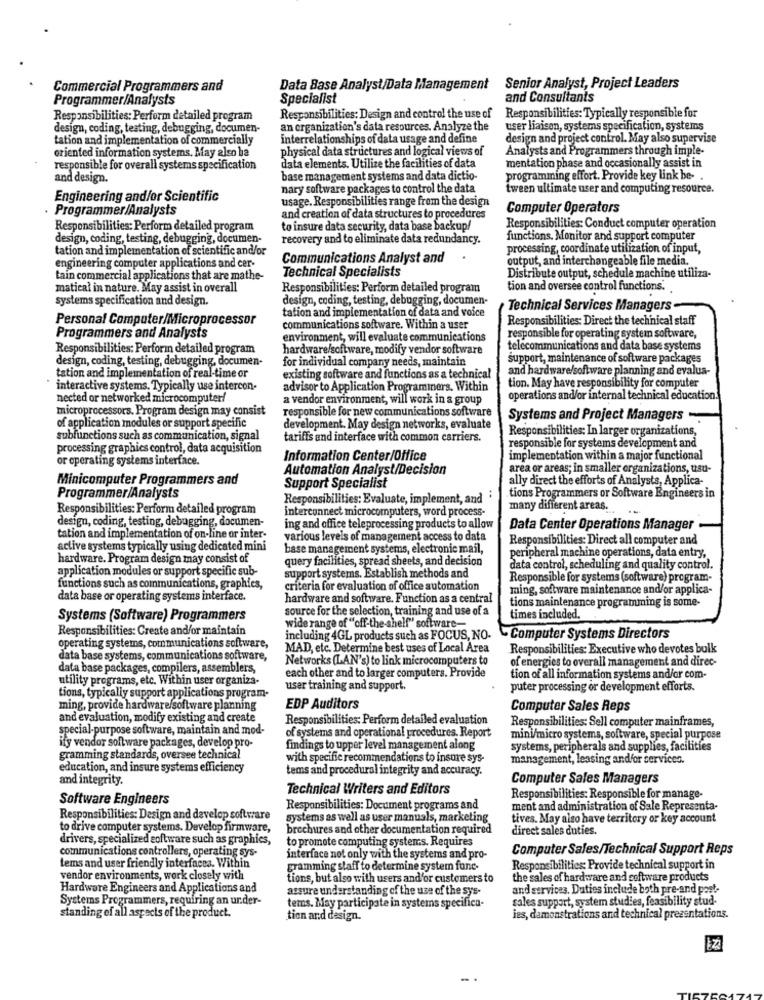
Commercial Programmers and
Data Base Analyst/Data Management
Senior Analyst, Project Leaders
Programmer/Analysts
Specialist
and Consultants
Responsibilities: Design and control the use of Responsibilities: Typically responsible for
Responsibilities: Perform detailed program
design, coding, testing, debugging, documen-
an organization's data resources. Analyze the
user liaison, systems specification, systems
tation and implementation of commercially
interrelationships of data usage and define
design and project control. May also supervise
oriented information systems. May also be
physical data structures and logical views of
Analysts and Programmers through imple-
mentation phase and occasionally assist in
responsible for overall systems specification
data elements. Utilize the facilities of data
and design.
base management systems and data dictio-
programming effort. Provide key link be-
nary software packages to control the data
tween ultimate user and computing resource.
Engineering and/or Scientific
usage. Responsibilities range from the design
· Programmer/Analysts
Computer Operators
and creation of data structures to procedures
Responsibilities: Perform detailed program
to insure data security, data base backup/
Responsibilities: Conduct computer operation
design, coding, testing, debugging, documen-
recovery and to eliminate data redundancy.
functions. Monitor and support computer
tation and implementation of scientific and/or
processing, coordinate utilization of input,
engineering computer applications and cer-
Communications Analyst and
output, and interchangeable file media.
Distribute output, schedule machine utiliza-
tain commercial applications that are mathe-
Technical Specialists
matical in nature. May assist in overall
Responsibilities: Perform detailed program
tion and oversee control functions.
systems specification and design.
design, coding, testing, debugging, documen-
tation and implementation of data and voice
Technical Services Managers -
Personal Computer/Microprocessor
Responsibilities: Direct the technical staff
communications software. Within a user
Programmers and Analysts
environment, will evaluate communications
responsible for operating system software,
Responsibilities: Perform detailed program
hardware/software, modify vendor software
telecommunications and data base systems
design, coding, testing, debugging, documen-
for individual company needs, maintain
support, maintenance of software packages
and hardware/software planning and evalua-
tation and implementation of real-time or
existing software and functions as a technical
interactive systems. Typically use intercon-
advisor to Application Programmers. Within
tion. May have responsibility for computer
nected or networked microcomputer/
a vendor environment, will work in a group
operations and/or internal technical education.
microprocessors. Program design may consist
responsible for new communications software
Systems and Project Managers -
of application modules or support specific
development. May design networks, evaluate
Responsibilities: In larger organizations,
subfunctions such as communication, signal
tariffs and interface with common carriers.
responsible for systems development and
processing graphics control, data acquisition
or operating systems interface.
Information Center/Office
implementation within a major functional
Automation Analyst/Decision
area or areas; in smaller organizations, usu-
Minicomputer Programmers and
ally direct the efforts of Analysts, Applica-
Support Specialist
Programmer/Analysts
Responsibilities: Evaluate, implement, and .
tions Programmers or Software Engineers in
Responsibilities: Perform detailed program
interconnect microcomputers, word process-
many different areas.
design, coding, testing, debugging, documen-
ing and office teleprocessing products to allow
Data Center Operations Manager
tation and implementation of on-line or inter-
various levels of management access to data
Responsibilities: Direct all computer and
active systems typically using dedicated mini
base management systems, electronic mail,
peripheral machine operations, data entry,
hardware. Program design may consist of
query facilities, spread sheets, and decision
application modules or support specific sub-
data control, scheduling and quality control.
support systems. Establish methods and
Responsible for systems (software) program-
functions such as communications, graphics,
criteria for evaluation of office automation
ming, software maintenance and/or applica-
data base or operating systems interface.
hardware and software. Function as a central
tions maintenance programming is some-
source for the selection, training and use of a
Systems (Software) Programmers
times included.
Responsibilities: Create and/or maintain
wide range of "off-the-shelf" software-
including 4GL products such as FOCUS, NO. Computer Systems Directors
operating systems, communications software,
MAD, etc. Determine best uses of Local Area
Responsibilities: Executive who devotes bulk
data base systems, communications software,
Networks (LAN's) to link microcomputers to
of energies to overall management and direc-
data base packages, compilers, assemblers,
each other and to larger computers. Provide
utility programs, etc. Within user organiza-
tion of all information systems and/or com-
user training and support.
puter processing or development efforts.
tions, typically support applications program-
ming, provide hardware/software planning
EDP Auditors
Computer Sales Reps
and evaluation, modify existing and create
Responsibilities: Perform detailed evaluation
Responsibilities: Sell computer mainframes,
special-purpose software, maintain and mod-
of systems and operational procedures. Report
ify vendor software packages, develop pro-
mini/micro systems, software, special purpose
findings to upper level management along
systems, peripherals and supplies, facilities
gramming standards, oversee technical
with specific recommendations to insure sys-
management, leasing andfor services.
education, and insure systems efficiency
tems and procedural integrity and accuracy.
and integrity.
Computer Sales Managers
Technical Writers and Editors
Software Engineers
Responsibilities: Responsible for manage-
Responsibilities: Document programs and
ment and administration of Sale Representa-
Responsibilities: Design and develop software
systems as well as user manuals, marketing
tives. May also have territory or key account
to drive computer systems. Develop firmware,
brochures and other documentation required
direct sales duties.
drivers, specialized software such as graphics,
to promote computing systems. Requires
communications controllers, operating sys-
Computer Sales/Technical Support Reps
interface not only with the systems and pro-
tems and user friendly interfacea. Within
gramming staff to determine system func-
Responsibilities; Provide technical support in
vendor environments, work closely with
tions, but also with users and'or customers to
the sales of hardware and software products
Hardware Engineers and Applications and
assure understanding of the use of the sys-
and services. Duties include both pre-and post-
Systems Programmers, requiring an ur.der-
sales support, system studies, feasibility stud-
temns. May participate in systems specifica-
standing of all aspects of the product.
tion and design.
ies, damonstrations and technical presentations.
EZ